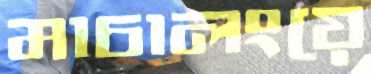
মাচালংয়ে